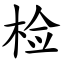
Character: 检